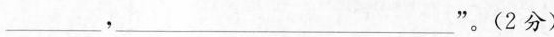
___，___”。(2分)